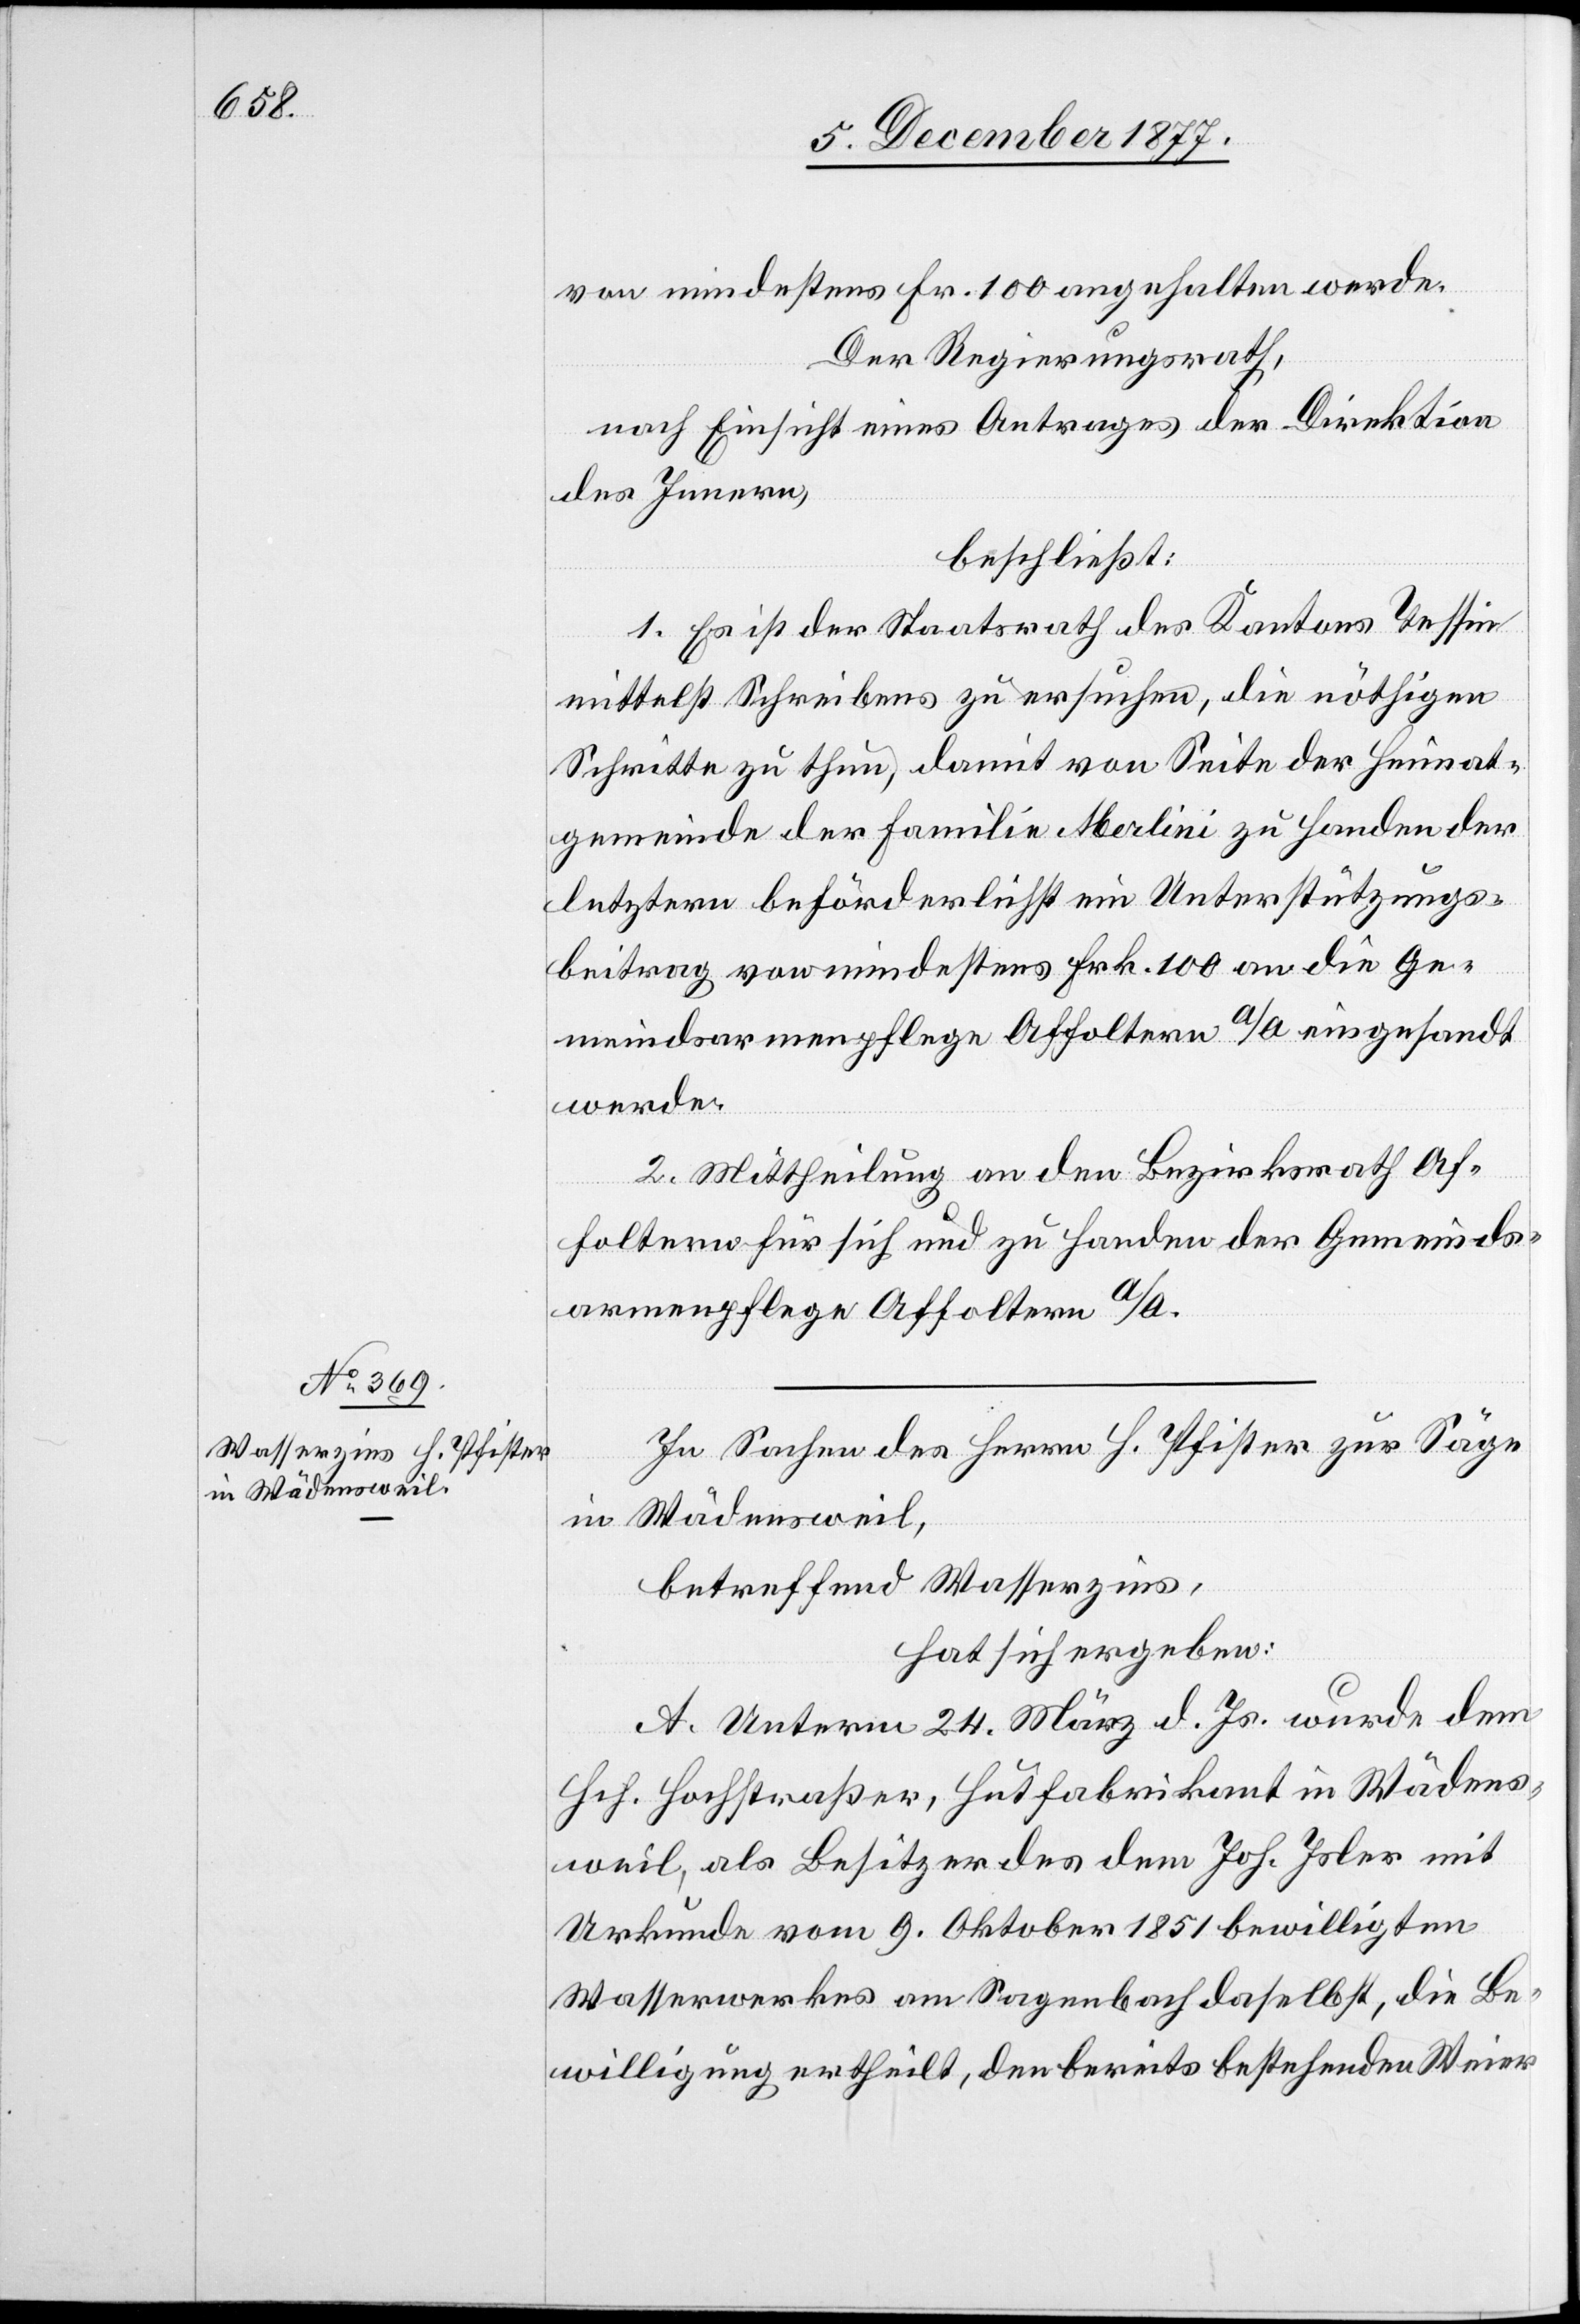
in Wädensweil,

von mindestens Fr. 100 angehalten werde.
Der Regierungsrath,
nach Einsicht eines Antrages der Direktion
des Innern,
beschließt:
1. Es ist der Staatsrath des Kantons Tessin
mittelst Schreibens zu ersuchen, die nöthigen
Schritte zu thun, damit von Seite der Heimat¬
gemeinde der Familie Merlini zu Handen der
letztern beförderlichst ein Unterstützungs¬
beitrag von mindestens Frk. 100 an die Ge¬
meindsarmenpflege Affoltern a/A eingesandt
werde.
2. Mittheilung an den Bezirksrath Af¬
foltern für sich und zu Handen der Gemeinds¬
armenpflege Affoltern a/A.
In Sachen des Herrn H. Pfister zur Säge
betreffend Wasserzins,
hat sich ergeben:
A. Unterm 24. März d. Js. wurde dem
Hch. Hochstraßer, Hutfabrikant in Wädens¬
weil, als Besitzer des dem Joh. Isler mit
Urkunde vom 9. Oktober 1851 bewilligten
Wasserwerkes am Sagenbach daselbst, die Be¬
willigung ertheilt, den bereits bestehenden Weier